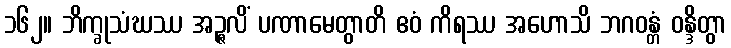
၁၆၂။ ဘိက္ခုသံဃဿ အဉ္ဇလိံ ပဏာမေတွာတိ ဧဝံ ကိရဿ အဟောသိ ဘဂဝန္တံ ဝန္ဒိတွာ